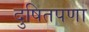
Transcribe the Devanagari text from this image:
दुषितपणा